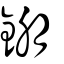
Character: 錋